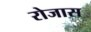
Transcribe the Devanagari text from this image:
रोजास